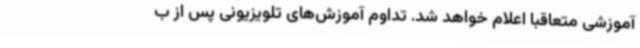
آموزشی متعاقباً اعلام خواهد شد. تداوم آموزش‌های تلویزیونی پس از ب